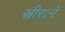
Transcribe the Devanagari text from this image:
स्त्रीरत्ने